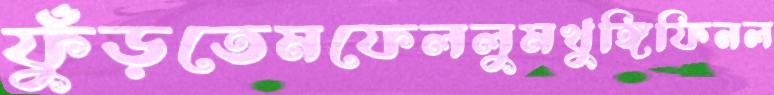
ফুঁড়তেমফেললুমখুঙ্গিফিনল